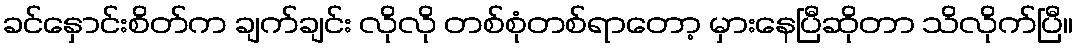
ခင်နှောင်းစိတ်က ချက်ချင်း လိုလို တစ်စုံတစ်ရာတော့ မှားနေပြီဆိုတာ သိလိုက်ပြီ။